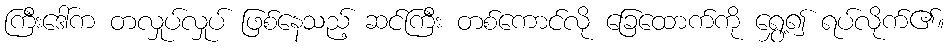
ကြီးဒေါ်က တလှုပ်လှုပ် ဖြစ်နေသည့် ဆင်ကြီး တစ်ကောင်လို ခြေထောက်ကို ရွှေ့၍ ရပ်လိုက်၏။